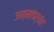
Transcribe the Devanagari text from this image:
जन्मांपर्यंत